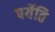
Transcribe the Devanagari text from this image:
पर्येति